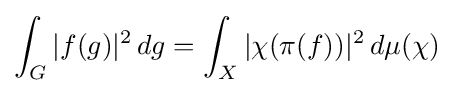
\int _{G}|f(g)|^{2}\,dg=\int _{X}|\chi (\pi (f))|^{2}\,d\mu (\chi )